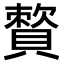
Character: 𧷕